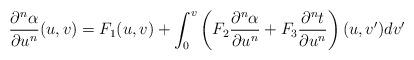
LaTeX: \begin{align*} \frac{\partial^n\alpha}{\partial u^n}(u,v)=F_1(u,v)+\int_0^v\left(F_2\frac{\partial^n\alpha}{\partial u^n}+F_3\frac{\partial^nt}{\partial u^n}\right)(u,v')dv'\end{align*}